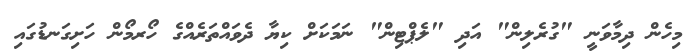
މިހެން ދިމާވަނީ "ގުރެލިން" އަދި "ލެޕްޓިން" ނަމަކަށް ކިޔާ ދެވައްތަރެއްގެ ހޯރމޯން ހަށިގަނޑުގައި